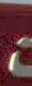
ت